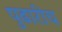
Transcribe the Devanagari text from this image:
पुढारीच